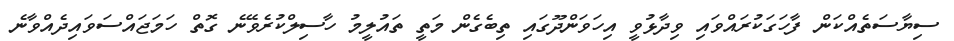
ސިޔާސަތެއްކަން ފާހަގަކުރައްވައި ވިދާޅުވީ އިހަވަންދޫގައި ތިބެގެން މަތީ ތައުލީމު ހާސިލްކުރެވޭނެ ގޮތް ހަމަޖައްސަވައިދެއްވާނެ